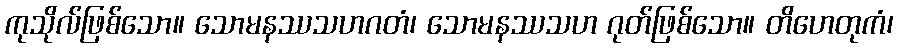
ကုသိုလ်ဖြစ်သော။ သောမနဿသဟဂတံ၊ သောမနဿသဟ ဂုတ်ဖြစ်သော။ တိဟေတုကံ၊